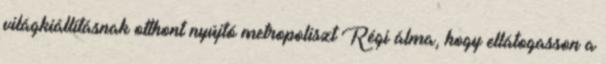
világkiállításnak otthont nyújtó metropoliszt Régi álma, hogy ellátogasson a